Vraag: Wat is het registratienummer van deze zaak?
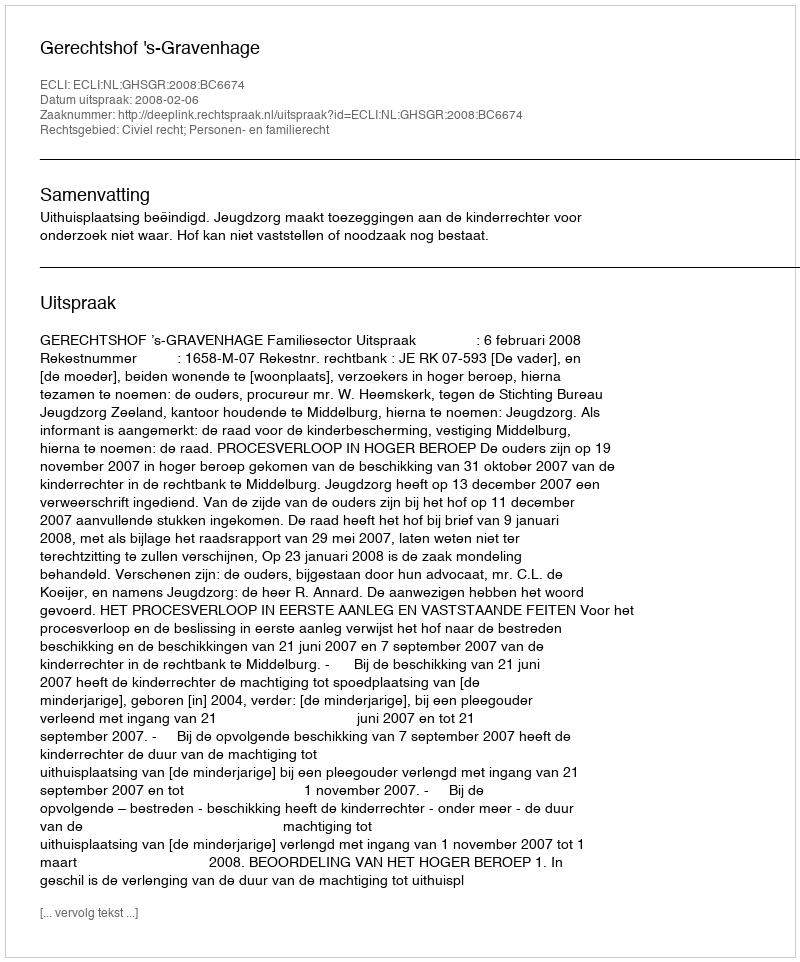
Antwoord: http://deeplink.rechtspraak.nl/uitspraak?id=ECLI:NL:GHSGR:2008:BC6674